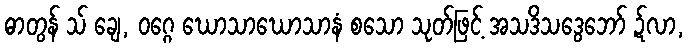
ဓာတွန် သ် ချေ, ဝဂ္ဂေ ဃောသာဃောသာနံ စသော သုတ်ဖြင့် အသဒိသဒွေဘော် ဍ်လာ,